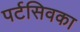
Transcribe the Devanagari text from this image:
पर्टसिवका